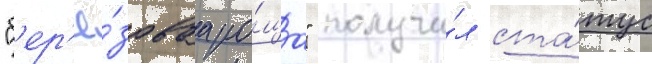
"б'ер'ё́зоваа ро́ща" получи́л ста́тус